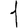
Digit: 1